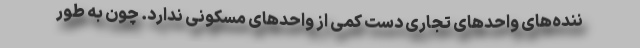
ننده‌های واحدهای تجاری دست کمی از واحدهای مسکونی ندارد. چون به طور